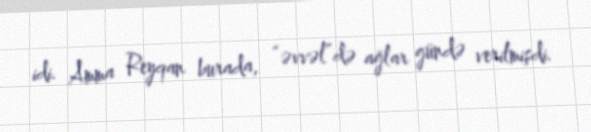
idi. Amma Reyqan burada, “əvvəl”də ağlar gündə verilmişdi.